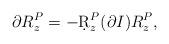
LaTeX: \begin{align*}\partial R^{P}_z=- \d R^{P}_z( \partial I) R^{P}_z, \end{align*}